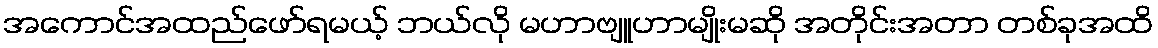
အကောင်အထည်ဖော်ရမယ့် ဘယ်လို မဟာဗျူဟာမျိုးမဆို အတိုင်းအတာ တစ်ခုအထိ